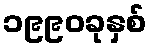
၁၉၉၀ခုနှစ်